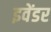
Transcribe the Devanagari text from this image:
इवेंडर